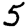
Digit: 5